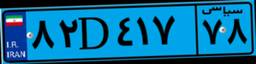
۸۲D۴۱۷۷۸